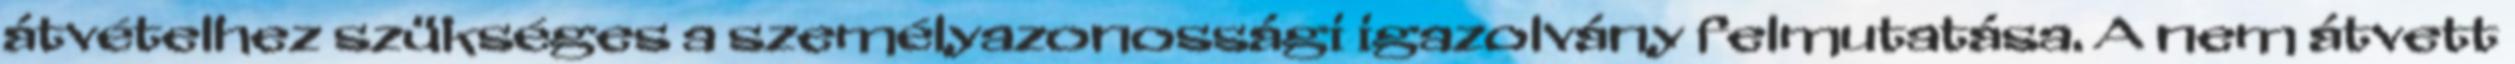
átvételhez szükséges a személyazonossági igazolvány felmutatása. A nem átvett